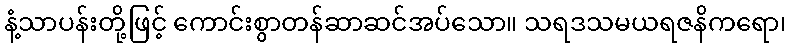
နံ့သာပန်းတို့ဖြင့် ကောင်းစွာတန်ဆာဆင်အပ်သော။ သရဒသမယရဇနိကရော၊